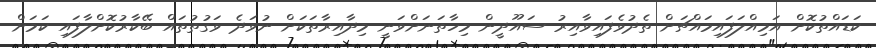
ކަޑައްތުކޮށް އަމިއްލަފައިމައްޗަށް ތެދުވެފައިވާއިރު ސައޫދީން މިހާތަނަށްވަނީ މިދާއިރާތަކަށް ނުވަދެ ވަގުތުތައް ބޭކާރުކޮށްލާފައި ކަމަށް